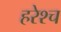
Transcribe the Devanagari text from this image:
हरेश्च